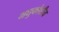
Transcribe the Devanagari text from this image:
मधुकोशीय